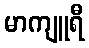
မာကျူရီ